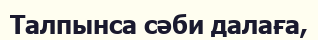
Талпынса сәби далаға,